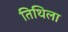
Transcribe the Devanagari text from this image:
तिथिला